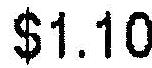
$1.10